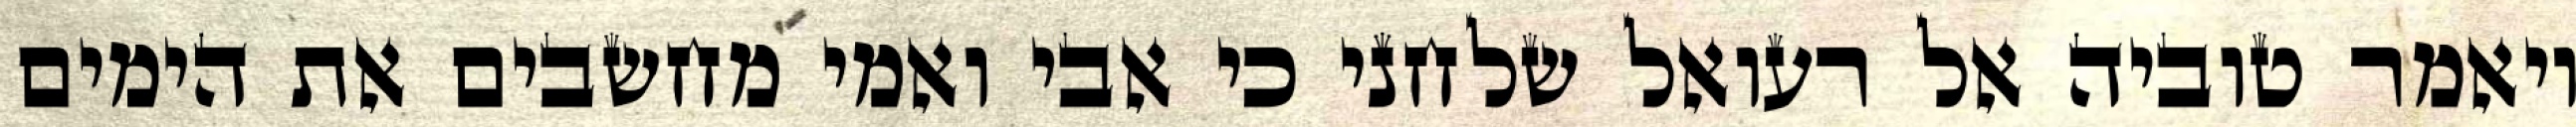
ויאמר טוביה אל רעואל שלחני כי אבי ואמי מחשבים את הימים